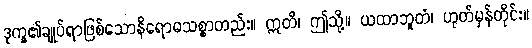
ဒုက္ခ၏ချုပ်ရာဖြစ်သောနိရောဓသစ္စာတည်း။ ဣတိ၊ ဤသို့။ ယထာဘူတံ၊ ဟုတ်မှန်တိုင်း။